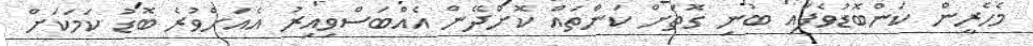
މެހެރީން ކަންބޮޑުވެފައި ބުނި ގޮތަށް ކަންތައް ކޮށްދޭން އެއްބަސްވިއިރު އެއަށްވުރެ ބޮޑު ކަމަކަށް